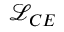
\mathcal { L } _ { C E }